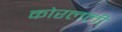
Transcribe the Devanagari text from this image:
कोरलली